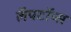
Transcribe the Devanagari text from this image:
लॅपटॉप्स